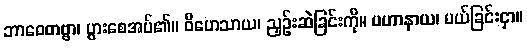
ဘာဝေတဗ္ဗာ၊ ပွားစေအပ်၏။ ဝိဟေသာယ၊ ညှဉ်းဆဲခြင်းကို။ ပဟာနာယ၊ ပယ်ခြင်းငှာ။